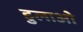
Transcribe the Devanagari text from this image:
डुलाओ